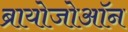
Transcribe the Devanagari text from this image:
ब्रायोजोऑन